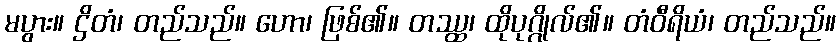
မပွား။ ဌိတံ၊ တည်သည်။ ဟော၊ ဖြစ်၏။ တဿ္ထ၊ ထိုပုဂ္ဂိုလ်၏။ တံဝီရိယံ၊ တည်သည်။